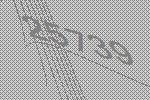
25739